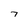
Character: 7